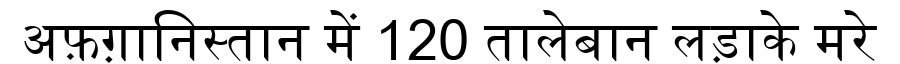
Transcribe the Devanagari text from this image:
अफ़ग़ानिस्तान में 120 तालेबान लड़ाके मरे